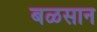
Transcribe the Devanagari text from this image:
बळसान